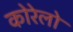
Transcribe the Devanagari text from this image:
कोरेलो